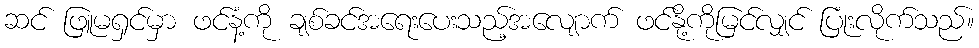
ဆင် ဖြူမရှင်မှာ ဖင်နံ့ကို ချစ်ခင်အရေးပေးသည့်အလျောက် ဖင်နို့ကိုမြင်လျှင် ပြုံးလိုက်သည်။